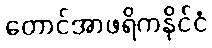
တောင်အာဖရိကနိုင်ငံ